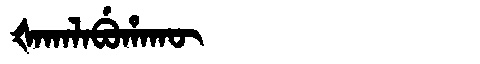
Manchu: ᡧᠠᡴᠠᠯᠠᠪᡠᡥᠠᡴᡡ
Romanization: ŠAKALABUHAKŪ